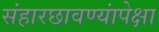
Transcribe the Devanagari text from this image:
संहारछावण्यांपेक्षा